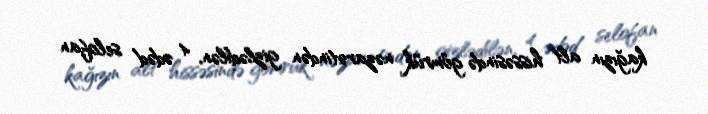
kağızın alt hissəsində gömrük nəzarətindən gizlədilən, 4 ədəd selofan